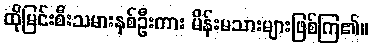
ထိုမြင်းစီးသမားနှစ်ဦးကား မိန်းမသားများဖြစ်ကြ၏။